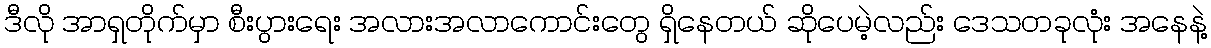
ဒီလို အာရှတိုက်မှာ စီးပွားရေး အလားအလာကောင်းတွေ ရှိနေတယ် ဆိုပေမဲ့လည်း ဒေသတခုလုံး အနေနဲ့